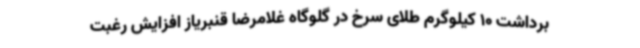
برداشت 10 کیلوگرم طلای سرخ در گلوگاه غلامرضا قنبریاز افزایش رغبت